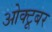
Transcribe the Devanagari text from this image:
ओक्टूबर